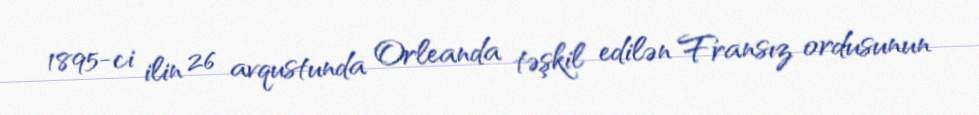
1895-ci ilin 26 avqustunda Orleanda təşkil edilən Fransız ordusunun